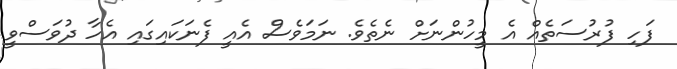
ފަހި ފުރުސަތެއް އެ މީހުންނަށް ނެތެވެ. ނަމަވެސް އެއީ ފެނަކައިގައި އެހާ ދުވަސްވީ